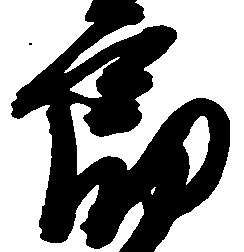
郎